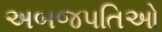
અબજપતિઓ